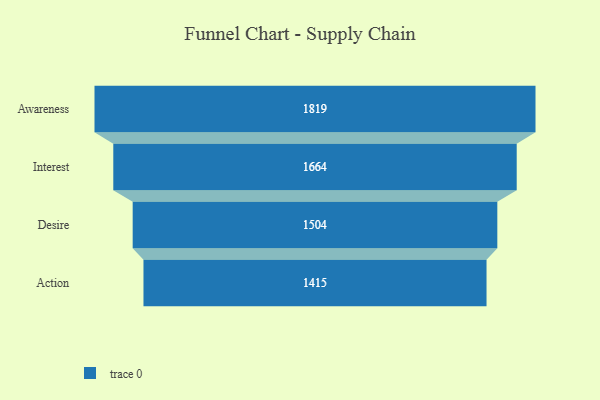
{"axis": {"x": "Stage", "y": "Value"}, "legend": [""], "data": [{"x": "Awareness", "y": 1819.0, "type": ""}, {"x": "Interest", "y": 1664.0, "type": ""}, {"x": "Desire", "y": 1504.0, "type": ""}, {"x": "Action", "y": 1415.0, "type": ""}]}